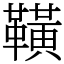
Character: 䪄